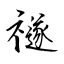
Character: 禭